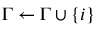
\Gamma \leftarrow \Gamma \cup \{ i \}